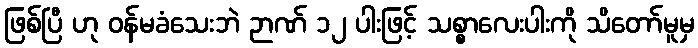
ဖြစ်ပြီ ဟု ဝန်မခံသေးဘဲ ဉာဏ် ၁၂ ပါးဖြင့် သစ္စာလေးပါးကို သိတော်မူမှ